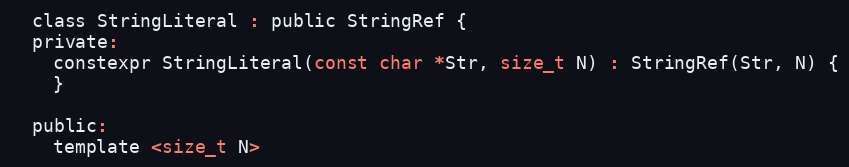
Language: C
  class StringLiteral : public StringRef {
  private:
    constexpr StringLiteral(const char *Str, size_t N) : StringRef(Str, N) {
    }

  public:
    template <size_t N>